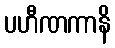
ပဟီဏကာနိ